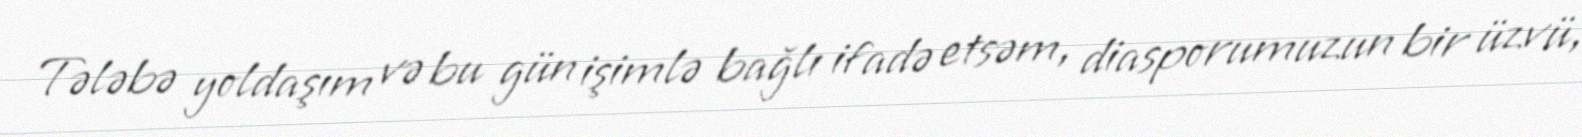
Tələbə yoldaşım və bu gün işimlə bağlı ifadə etsəm, diasporumuzun bir üzvü,